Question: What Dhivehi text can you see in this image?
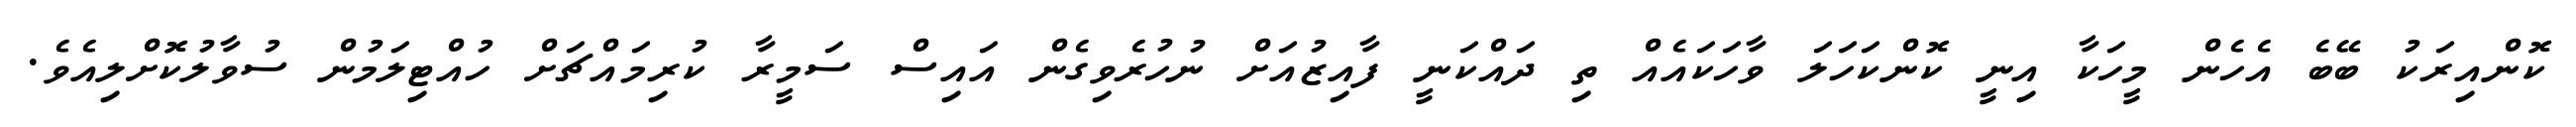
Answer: ކޮންއިރަކު ބޭބެ އެހެން މީހަކާ އިނީ ކޮންކަހަލަ ވާހަކައެއް ތި ދައްކަނީ ފާއިޒުއަށް ނުހުރެވިގެން އައިސް ސަމީރާ ކުރިމައްޗަށް ހުއްޓިލަމުން ސުވާލުކޮށްލިއެވެ.